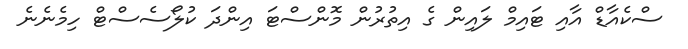
ސްކެއާޑް އާއި ޓައިމް ލައިން ގެ އިތުރުން މޮންސްޓަ އިންދަ ކުލޯސެސްޓް ހިމެނެނެ